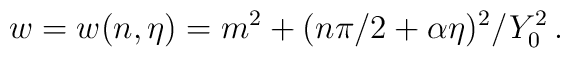
w = w(n,\eta) = m^2 +  (n\pi/2 + \alpha\eta)^2/Y_0^2 \,.